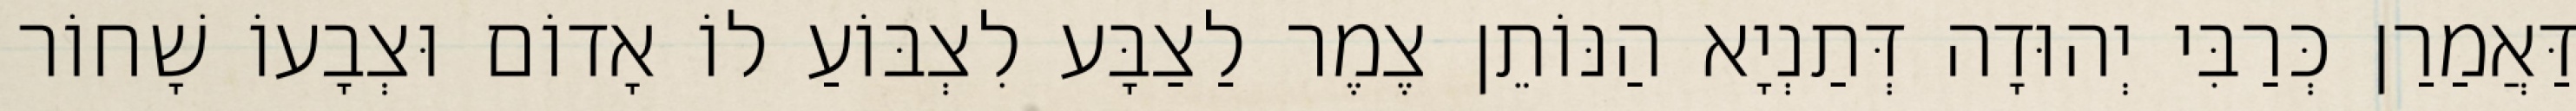
דַּאֲמַרַן כְּרַבִּי יְהוּדָה דְּתַנְיָא הַנּוֹתֵן צֶמֶר לַצַבָּע לִצְבּוֹעַ לוֹ אָדוֹם וּצְבָעוֹ שָׁחוֹר